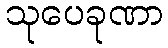
သုပေခုဏာ